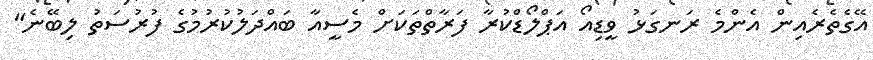
އޭގެތެރެއިން އެންމެ ރަނގަޅު ވީޑިއޯ އަޕްލޯޑްކުރާ ފަރާތްތަކަށް މެސީއާ ބައްދަލުކުރުމުގެ ފުރުސަތު ލިބޭނެ"